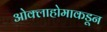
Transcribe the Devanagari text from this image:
ओक्लाहोमाकडून